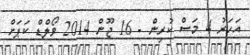
އަހަރު 4 މަސް ކުރިން - 16 ޖޫން 2014 ވޯލްޑް ކަޕަށް